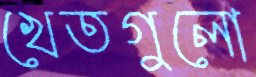
খেতগুলো